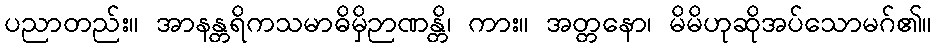
ပညာတည်း။ အာနန္တရိကသမာဓိမှိဉာဏန္တိ၊ ကား။ အတ္တနော၊ မိမိဟုဆိုအပ်သောမဂ်၏။